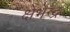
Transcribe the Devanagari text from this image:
क्षेभेन्द्र